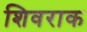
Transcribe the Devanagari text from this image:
शिवराक